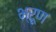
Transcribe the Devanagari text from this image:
भ्रूण